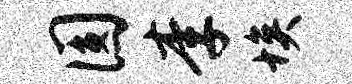
圆李埃